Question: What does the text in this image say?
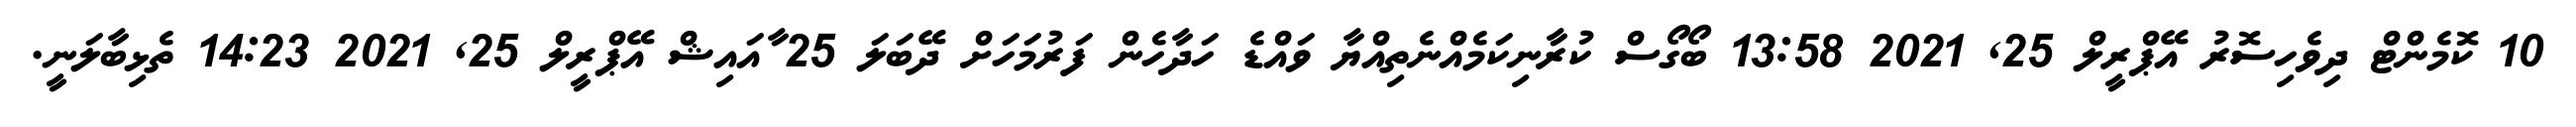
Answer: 10 ކޮމެންޓް ދިވެހިސޮރު އޭޕްރީލް 25, 2021 13:58 ބޯގޯސް ކުރާނިކަމެއްނެތިއްޔާ ވައްޑެ ހަދާހެން ފަރުމަހަށް ދޭބަލަ 25 ާއައިޝް އޭޕްރީލް 25, 2021 14:23 ތެޅިބާލަނީ.